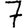
Digit: 7